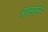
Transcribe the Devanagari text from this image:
त्रासाने